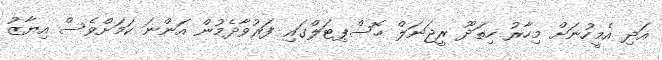
އަދި އެމީހުނަށް މިހާރު ހިތަދޫ ރީޖަނަލް ހޮސްޕިޓަލްގައި ފަރުވާދެމުން އަންނަ ކަމަށްވެސް އިޔާޒު